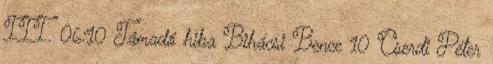
III. 06:10 Támadó hiba Bihácsi Bence 10 Cserdi Péter